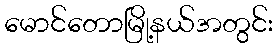
မောင်တောမြို့နယ်အတွင်း